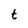
Character: t